Scottish Leaving Certificate Examination, 1956
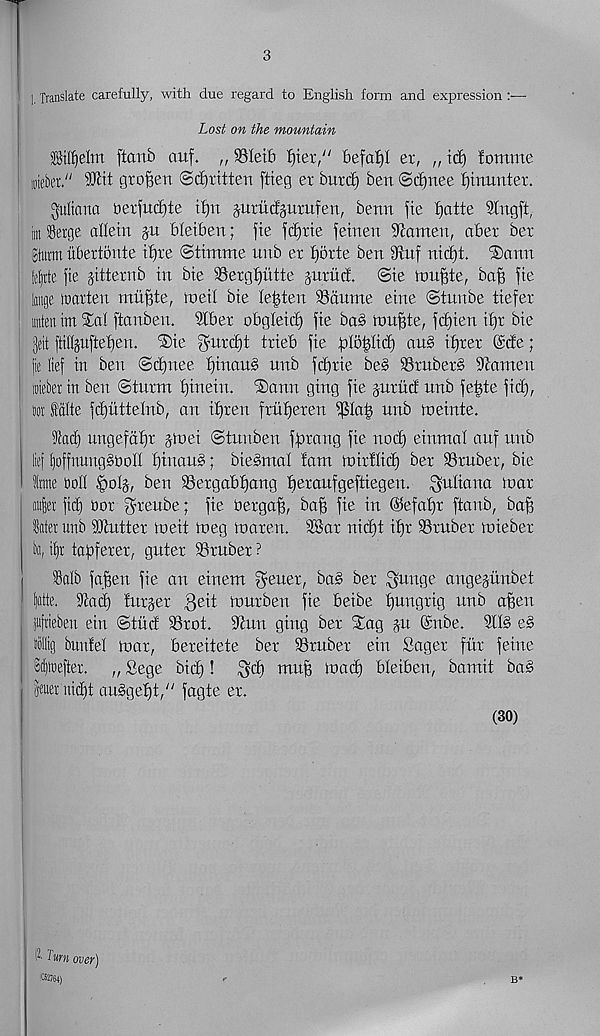
3
1. Translate carefully, with due regard to English form and expression
Lost on the mountain
Bill)elm ftcmb auf. „ SSIetb liter/' 6efa£)I ex, „ ict) !omme
mteber."
gro^en ©djrtttert ftieg er burtf) ben ©cfjnee fjtnunter.
Juliana ber|ucf)te iljn jnrudguxufen, benn fie fjatte Stngft,
iin Serge allein jn bletben; fte fdEjxie fetnen 9iomen, aber bex
Stem ubextonte it)xe ©timme unb ex Ijoxte ben 9flnf nidgt. ®ann
ie|rte jie gtttexnb in bie SSexg^utte gnxucf. @te mn^te, ba§ fte
lunge tuaxten mufjte, met! bie le^teit SSdume eine ©tnnbe tiefex
iten tm $ai ftanben. Sibex obgleici) fie ba§ ionite, fc£)ien itjx bie
gelt fti%uftet)en. ®ie f^nxdit txieb fie frfofjftd) an§ ifixex (Stfe;
I jic lief in ben ©dfnee f)inan§ unb fcf)xie be§ 93xnbex§ Barnett
mieber in ben ©tuxm tjinein. ®ann ging fie jnxiid unb fe^te fid),
Dot falte fd)nttelnb, an iijxen fxti^exen
unb meinte.
iRad) ungefdf)x jmei ©tunben fftxang fie nod) eiutnaf auf unb
lief ^offnuttgsoolt i)inau§; biegmal !ant mixllit^ bex SSxubex, bie
Irate boll .<004, ben ®exgabi)ang bexaufgeftiegen. Juliana toax
aiiler fid) box $xeube; fie bexga§, ba| fte in ®efaf)x ftaitb, ba§
later unb Stftuttex loeit meg maxett. 2Bax nid)t if)x 93xubex miebex
b«, if)r tabfexex, gutex Sxubex ?
Salb ftt^en fie an einent ^euex, ba§ bex $unge angegunbet
fatte. 3iad) iuxgex Qeit muxben fie beibe ijungxig nnb afeen
flljtteben ein ©tiid 93xot. iftnn ging bex S£ag ju @nbe. SII§ e§
ilig bttnfel max, bexeitete bex Sxubex ein Sagex fux feme
Si^raefter.
„ Sege bid)!
muff load) bieiben, bamit bag
per nid)t au§gef)t," fagte ex.
(30)
i'wn over)
(CS2764)
B*